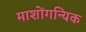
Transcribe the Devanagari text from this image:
माशोंगन्यिक